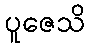
ပူဇေသိ